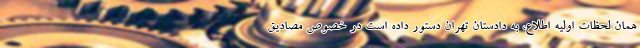
همان لحظات اولیه اطلاع، به دادستان تهران دستور داده است در خصوص مصادیق